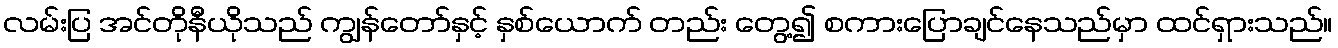
လမ်းပြ အင်တိုနီယိုသည် ကျွန်တော်နှင့် နှစ်ယောက် တည်း တွေ့၍ စကားပြောချင်နေသည်မှာ ထင်ရှားသည်။